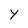
Character: y